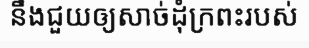
នឹងជួយឲ្យសាច់ដុំក្រពះរបស់